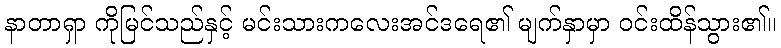
နာတာရှာ ကိုမြင်သည်နှင့် မင်းသားကလေးအင်ဒရေ၏ မျက်နှာမှာ ဝင်းထိန်သွား၏။